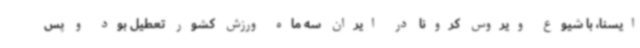
ایسنا، با شیوع ویروس کرونا در ایران سه ماه ورزش کشور تعطیل بود و پس